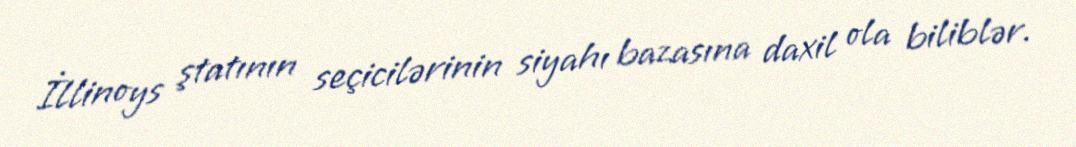
İllinoys ştatının seçicilərinin siyahı bazasına daxil ola biliblər.